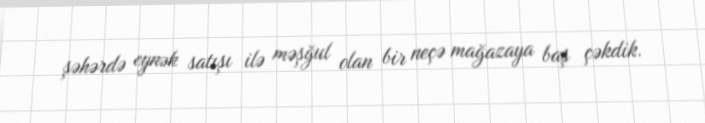
şəhərdə eynək satışı ilə məşğul olan bir neçə mağazaya baş çəkdik.